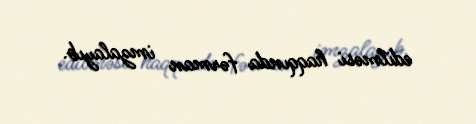
edilməsi haqqında fərman imzalayıb.